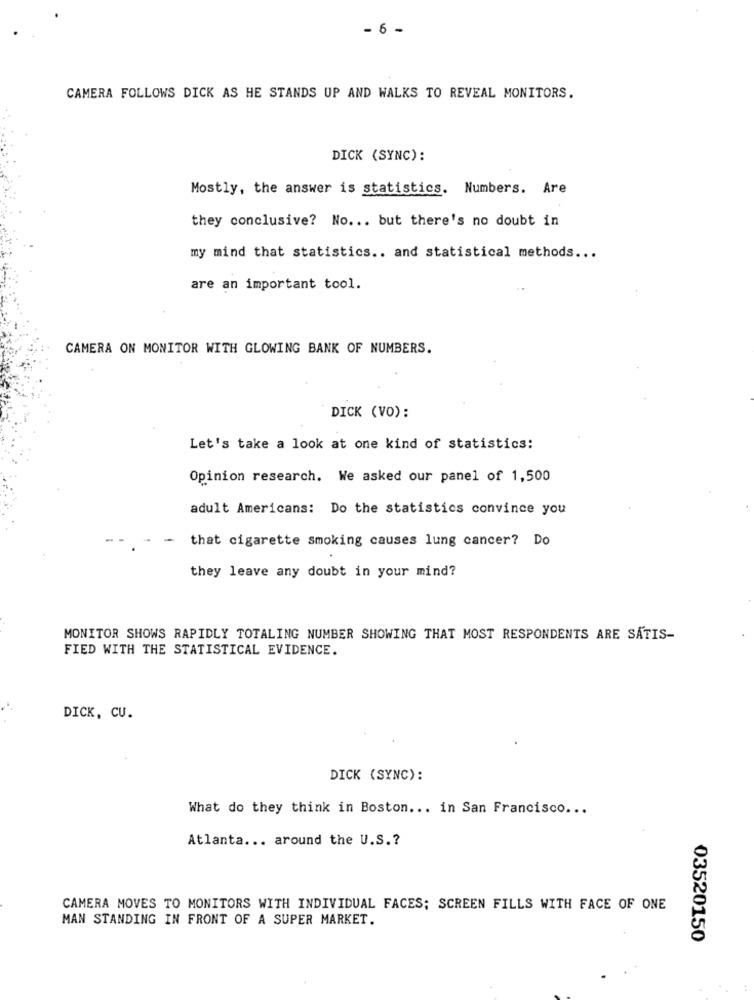
- 6 -
CAMERA FOLLOWS DICK AS HE STANDS UP AND WALKS TO REVEAL MONITORS.
DICK (SYNC):
Mostly, the answer is statistics. Numbers. Are
they conclusive? No ... but there's no doubt in
my mind that statistics .. and statistical methods ...
are an important tool.
CAMERA ON MONITOR WITH GLOWING BANK OF NUMBERS.
DICK (VO):
Let's take a look at one kind of statistics:
Opinion research. We asked our panel of 1,500
adult Americans: Do the statistics convince you
-
that cigarette smoking causes lung cancer? Do
they leave any doubt in your mind?
MONITOR SHOWS RAPIDLY TOTALING NUMBER SHOWING THAT MOST RESPONDENTS ARE SATIS-
FIED WITH THE STATISTICAL EVIDENCE.
DICK, CU.
DICK (SYNC):
What do they think in Boston ... in San Francisco ...
Atlanta ... around the U.S .?
CAMERA MOVES TO MONITORS WITH INDIVIDUAL FACES; SCREEN FILLS WITH FACE OF ONE
MAN STANDING IN FRONT OF A SUPER MARKET.
03520150